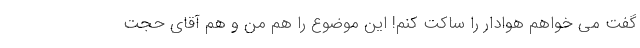
گفت می خواهم هوادار را ساکت کنم! این موضوع را هم من و هم آقای حجت